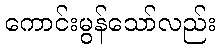
ကောင်းမွန်သော်လည်း